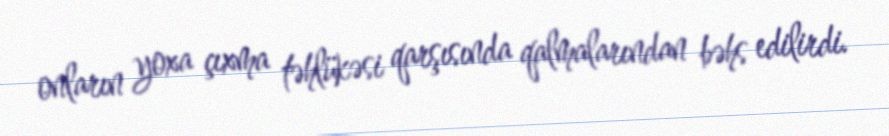
onların yoxa çıxma təhlükəsi qarşısında qalmalarından bəhs edilirdi.